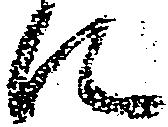
に